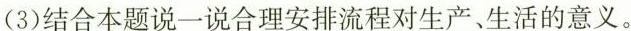
(3)结合本题说一说合理安排流程对生产。生活的意义。